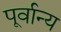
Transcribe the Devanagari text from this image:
पूर्वान्य